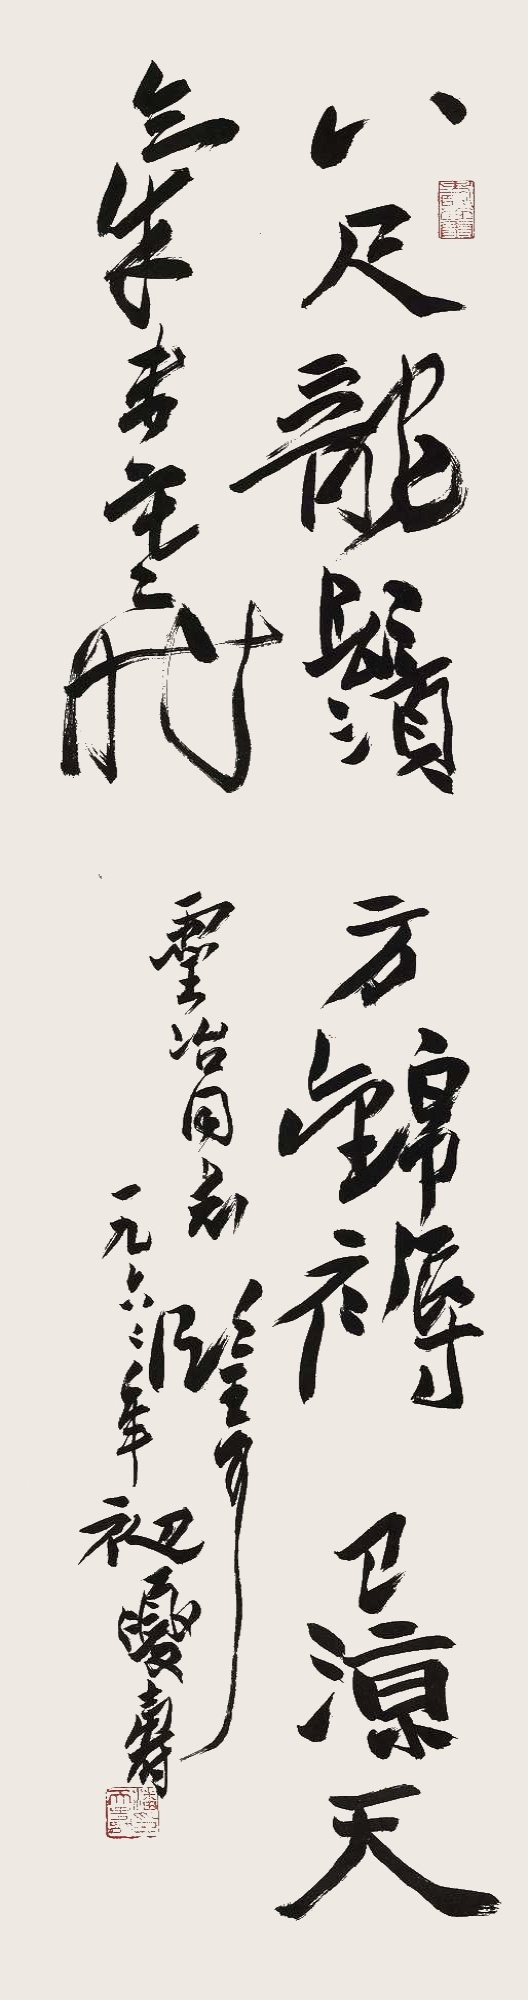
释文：八尺龙须方锦褥，已凉天气未寒时。灵冶同志鉴可。一九六二年初夏，寿。